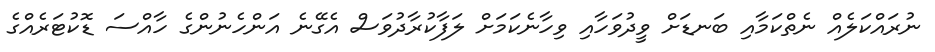
ނުރައްކަލެއް ނެތްކަމާއި ބަނޑަށް ވީދުވަހާއި ވިހާނެކަމަށް ލަފާކުރާދުވަސް އެގޭނެ އަންހެނުންގެ ހާއްސަ ޑޮކުޓަރެއްގެ